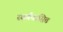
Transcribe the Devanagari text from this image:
स्वर्गवासित